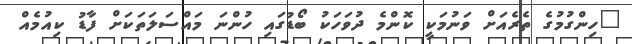
"ހިންގުމުގެ ތެރެއަށް ވަނުމަކީ ކޮންމެ ދުވަހަކު ބޯޑުގައި ހުންނަ މައްސަލަތަކަށް ފާޑު ކިއުމެއް